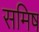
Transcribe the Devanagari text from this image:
समिष